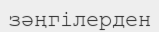
зәңгілерден